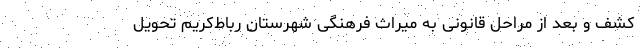
کشف ‌و بعد از مراحل قانونی به میراث فرهنگی‌ شهرستان رباط‌کریم تحویل